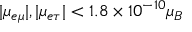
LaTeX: | \mu _ { e \mu } | , | \mu _ { e \tau } | < 1 . 8 \times 1 0 ^ { - 1 0 } \mu _ { B }